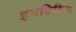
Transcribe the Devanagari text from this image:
इनविदिया